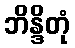
ဘိန္ဒိတုံ